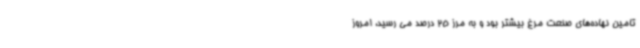
تامین نهاده‌های صنعت مرغ بیشتر بود و به مرز 25 درصد می رسید، امروز